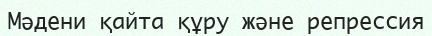
Мәдени қайта құру және репрессия